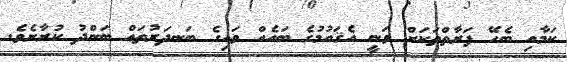
ކަމާއި ބެހޭ ފަރާތްތަކަށް ވަނީ އެޤައުމުގެ ބައެއް ވައިގެ ބަނދަރުތައް ބަންދު ކުރާށެވެ.